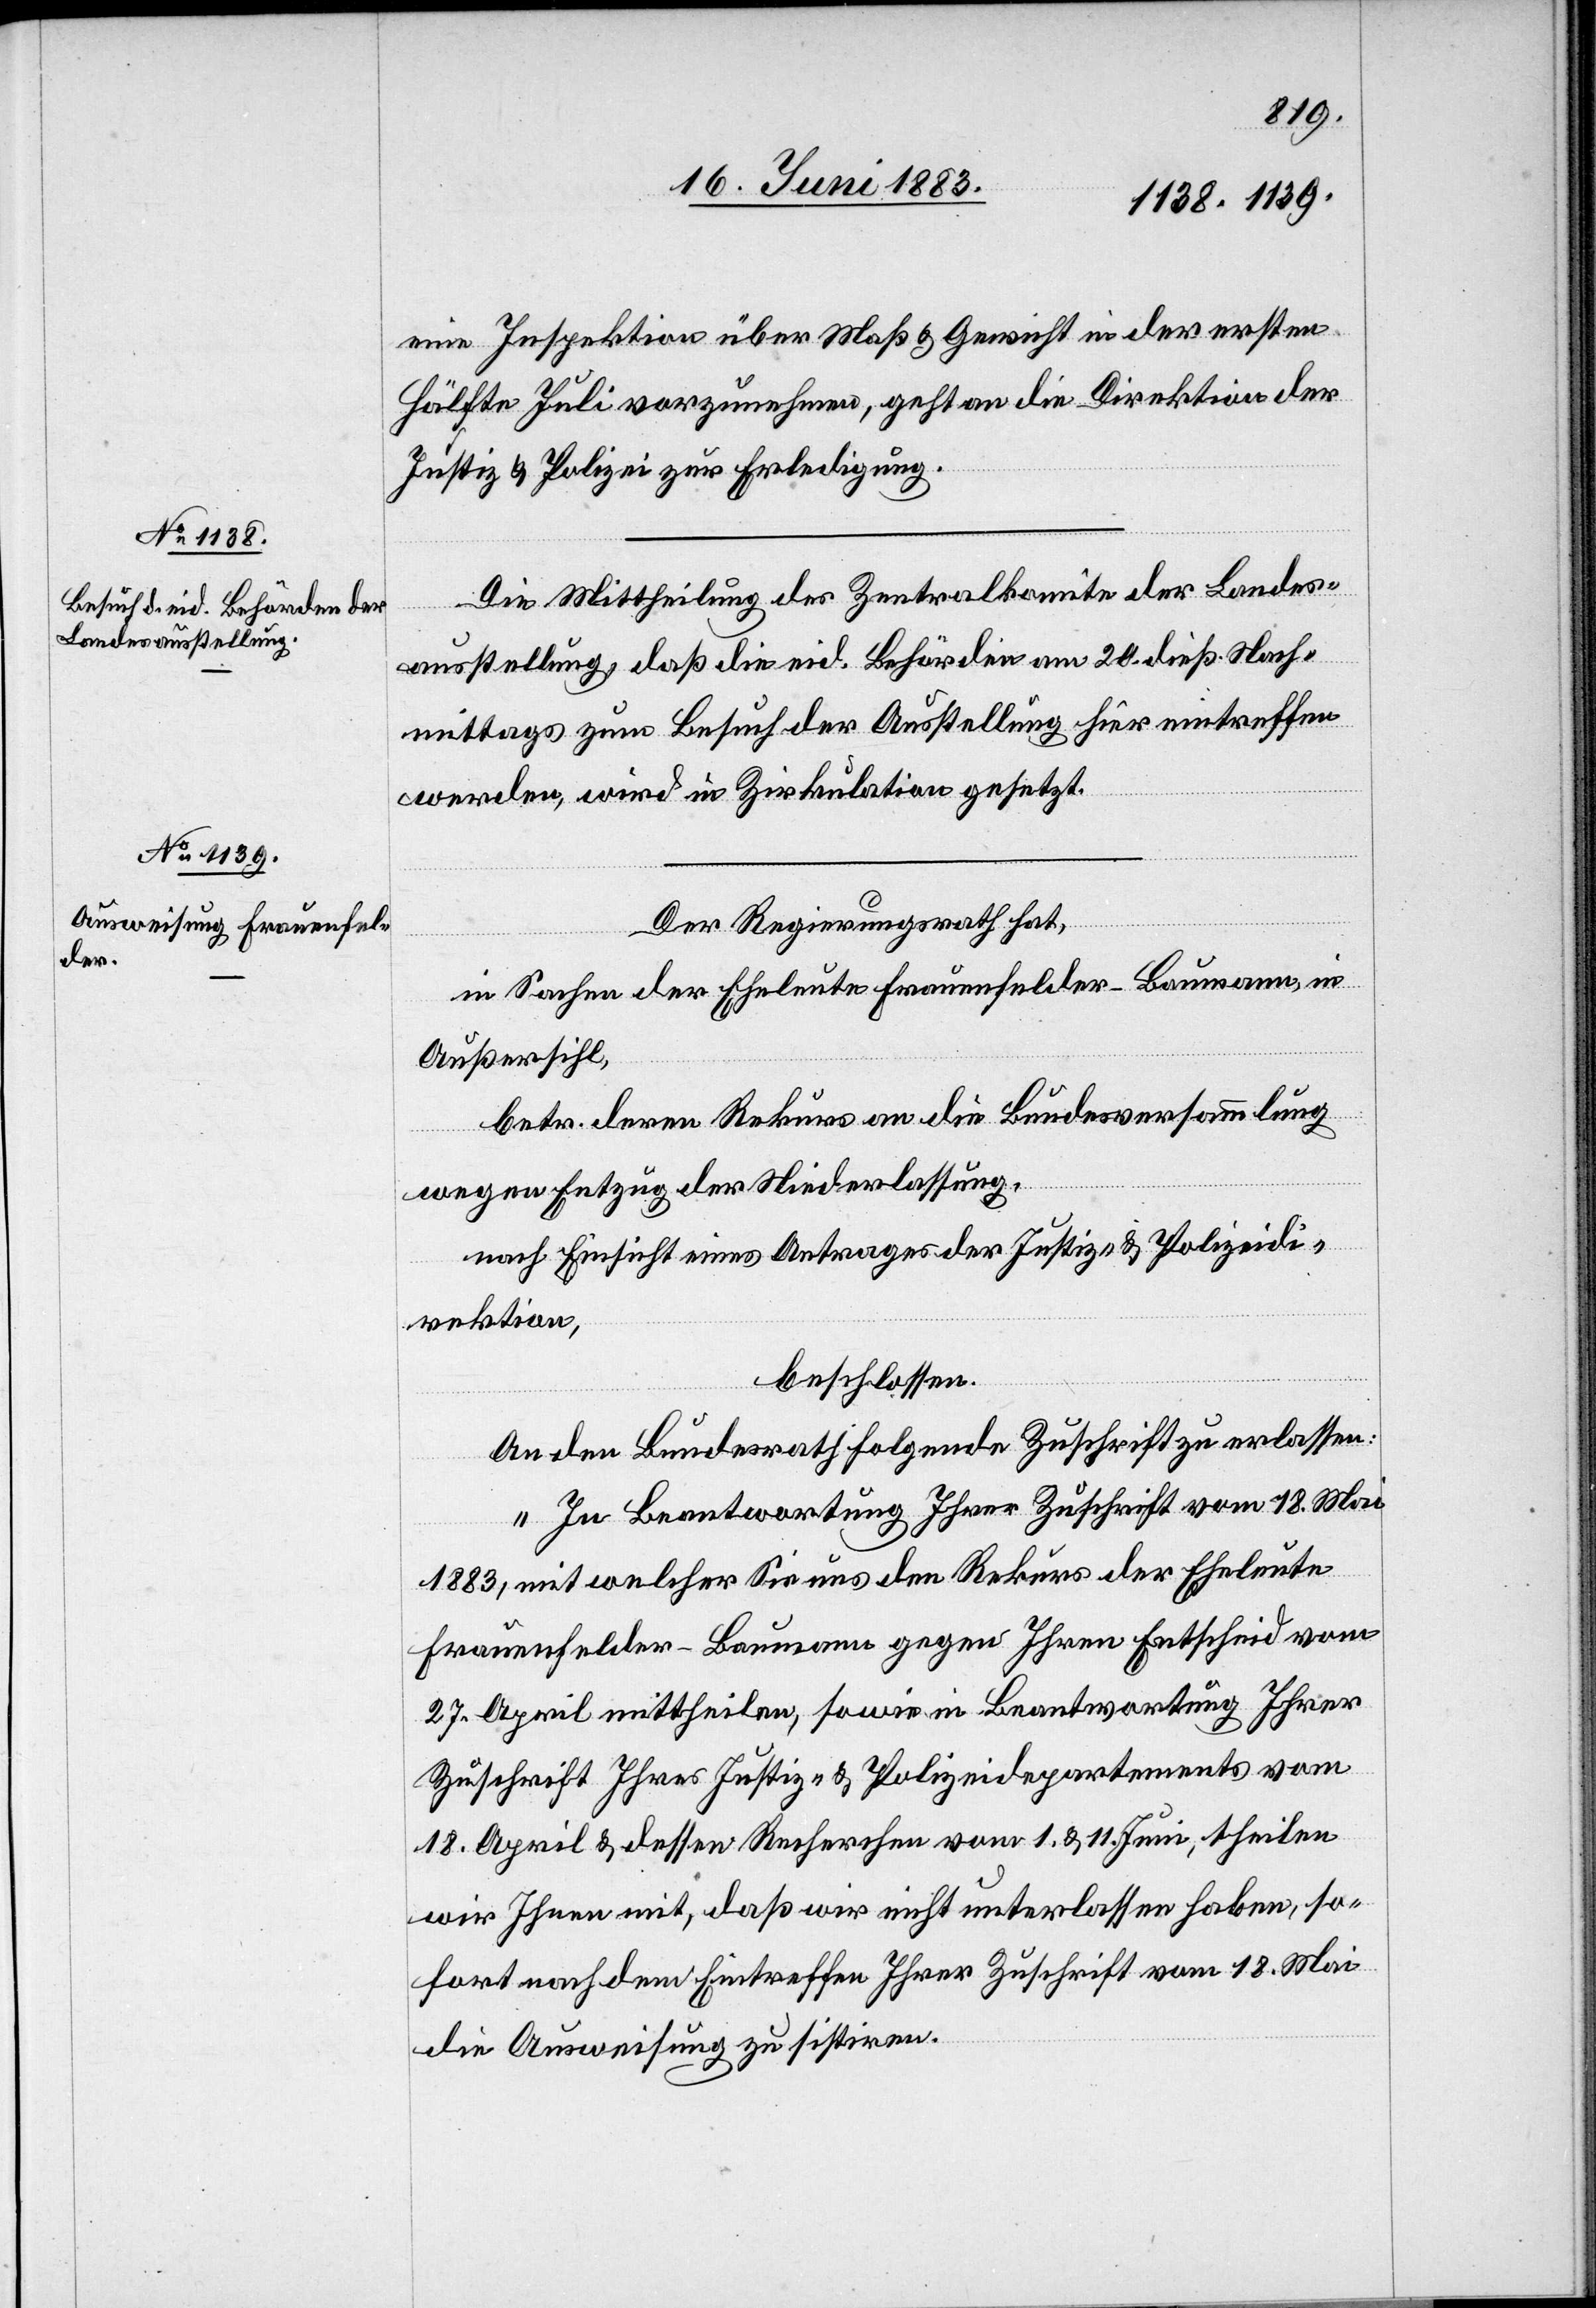
19. Juni 1883.]
eine Inspektion über Maß & Gewicht in der ersten
Hälfte Juli vorzunehmen, geht an die Direktion der
Justiz & Polizei zur Erledigung.
Die Mittheilung des Zentralkomite der Landes¬
ausstellung, daß die eid. Behörden am 20. dieß Nach¬
mittags zum Besuch der Ausstellung hier eintreffen
werden, wird in Zirkulation gesetzt.
Der Regierungsrath hat,
in Sachen der Eheleute Frauenfelder-Baumann, in
Außersihl,
betr. deren Rekurs an die Bundesversammlung
wegen Entzug der Niederlassung,
nach Einsicht eines Antrages der Justiz- & Polizeidi¬
rektion,
beschlossen:
An den Bundesrath folgende Zuschrift zu erlassen:
„In Beantwortung Ihrer Zuschrift vom 18. Mai
1883, mit welcher sie uns den Rekurs der Eheleute
Frauenfelder-Baumann gegen Ihren Entscheid vom
27. April mittheilen, sowie in Beantwortung Ihrer
Zuschrift Ihres Justiz- & Polizeidepartements vom
18. April & dessen Recherchen vom 1. & 11. Juni, theilen
wir Ihnen mit, daß wir nicht unterlassen haben, so¬
fort nach dem Eintreffen Ihrer Zuschrift vom 18. Mai
die Ausweisung zu sistiren.